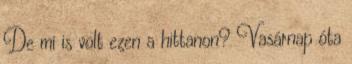
De mi is volt ezen a hittanon? Vasárnap óta